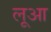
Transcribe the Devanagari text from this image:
लूआ